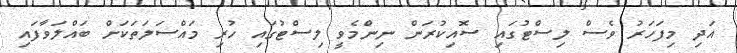
އަދި މިފަހަރު ވެސް ލިސްޓުގައި ސޮއިކުރަން ނިންމެވީ ލިސްޓުގައި ހުރި މައްސަލަތަކަށް ބައްލަވާފައި